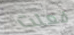
فعلت